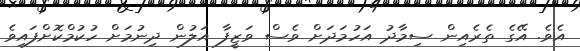
އެވެ. އޭގެ ތެރެއިން ސިމާދު އަހުމަދަށް ވެސް ވަޒީފާ އަލުން ދިނުމަށް ހުކުމްކޮށްފައިވެ